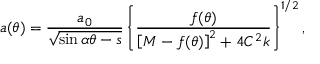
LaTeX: a ( \theta ) = \frac { a _ { 0 } } { \sqrt { \sin \alpha \theta - s } } \left\{ \frac { f ( \theta ) } { \left[ M - f ( \theta ) \right] ^ { 2 } + 4 C ^ { 2 } k } \right\} ^ { 1 / 2 } ,